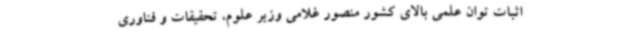
اثبات توان علمی بالای کشور منصور غلامی وزیر علوم، تحقیقات و فناوری